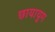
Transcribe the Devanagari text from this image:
छायायुग